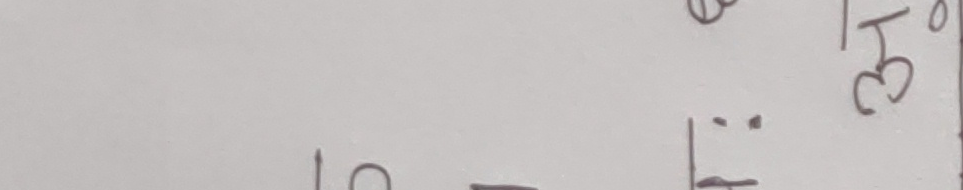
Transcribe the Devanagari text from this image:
लई।ः३०